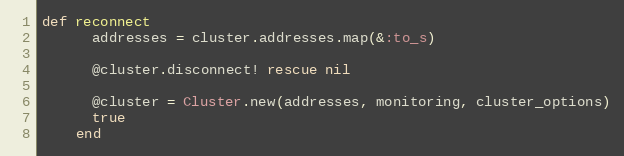
Language: Ruby
def reconnect
      addresses = cluster.addresses.map(&:to_s)

      @cluster.disconnect! rescue nil

      @cluster = Cluster.new(addresses, monitoring, cluster_options)
      true
    end